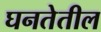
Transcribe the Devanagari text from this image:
घनतेतील